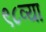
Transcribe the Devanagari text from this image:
९८व्या